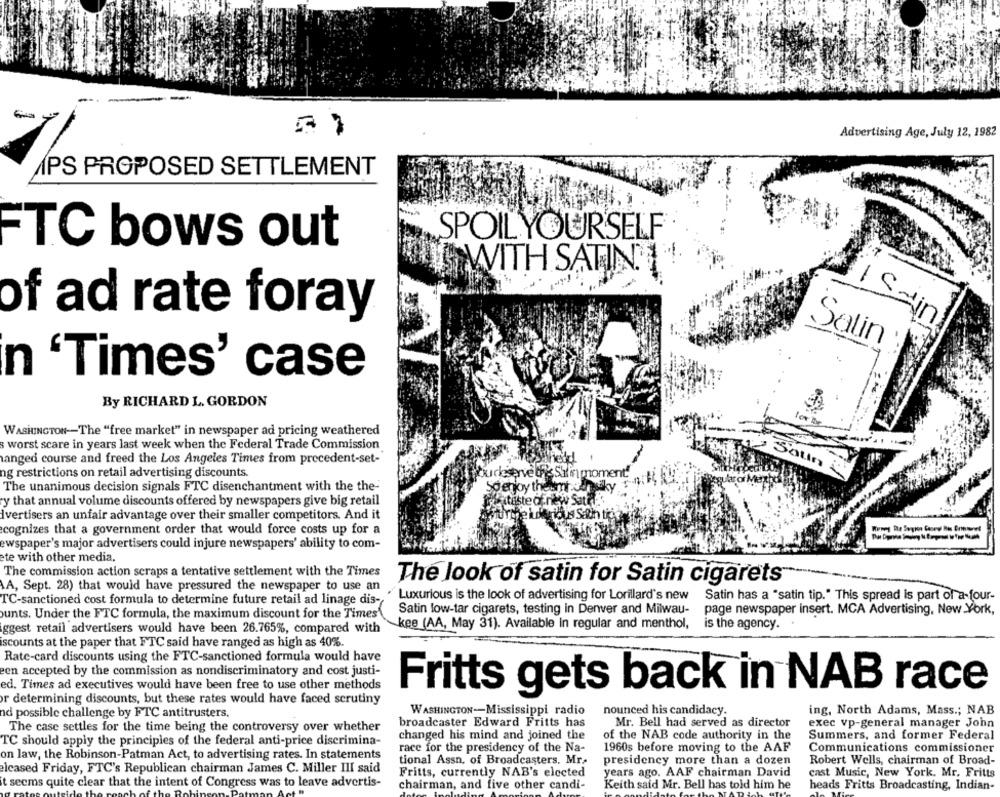
Advertising Age, July 12, 1982
APS PROPOSED SETTLEMENT
SPOIL YOURSELF
FTC bows out
WITH SATIN11.
of ad rate foray
Salin
n 'Times' case
By RICHARD L. GORDON
WASHINGTON-The "free market" in newspaper ad pricing weathered
worst scare in years last week when the Federal Trade Commission
anged course and freed the Los Angeles Times from precedent-set-
Satın i
ng restrictions on retail advertising discounts.
budeserve this Sal in moment
The unanimous decision signals FTC disenchantment with the the-
So enjoy theumnochesiky $
y that annual volume discounts offered by newspapers give big retail
sitaste of new Sate !!
w Satt
Ivertisers an unfair advantage over their smaller competitors. And it
cognizes that a government order that would force costs up for a
ewspaper's major advertisers could injure newspapers' ability to com-
ete with other media,
The commission action scraps a tentative settlement with the Times
The look of satin for Satin cigarets
AA, Sept. 28) that would have pressured the newspaper to use an
Luxurious is the look of advertising for Lorillard's new Satin has a "satin tip." This spread is part of a-four-
TC-sanctioned cost formula to determine future retail ad linage dis-
unts. Under the FTC formula, the maximum discount for the Times'\
Satin low-tar cigarets, testing in Denver and Milwau-
page newspaper insert. MCA Advertising, New York,
iggest retail advertisers would have been 26.765%, compared with
kee (AA, May 31). Available In regular and menthol, is the agency.
iscounts at the paper that FTC said have ranged as high as 40%.
Rate-card discounts using the FTC-sanctioned formula would have
een accepted by the commission as nondiscriminatory and cost justi-
ed. Times ad executives would have been free to use other methods
Fritts gets back in NAB race
or determining discounts, but these rates would have faced scrutiny
nounced his candidacy.
nd possible challenge by FTC antitrusters.
WASHINGTON-Mississippi radio
ing, North Adams, Mass .; NAB
broadcaster Edward Fritts has
Mr. Bell had served as director
exec vp-general manager John
The case settles for the time being the controversy over whether
TC should apply the principles of the federal anti-price discrimina-
changed his mind and joined the
of the NAB code authority in the
Summers, and former Federal
race for the presidency of the Na-
1960s before moving to the AAF
Communications commissioner
on law, the Robinson-Patman Act, to advertising rates. In statements
tional Assn, of Broadcasters. Mr.
presidency more than a dozen
Robert Wells, chairman of Broad-
elcased Friday, FTC's Republican chairman James C. Miller IlI said
Fritts, currently NAB's elected
years ago. AAF chairman David
cast Music, New York, Mr. Fritts
t secms quite clear that the intent of Congress was to leave advertis-
chairman, and five other candi-
Keith said Mr. Bell has told him he
heads Fritts Broadcasting, Indian-